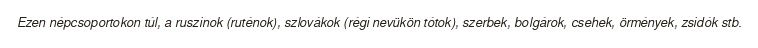
Ezen népcsoportokon túl, a ruszinok (ruténok), szlovákok (régi nevükön tótok), szerbek, bolgárok, csehek, örmények, zsidók stb.